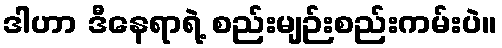
ဒါဟာ ဒီနေရာရဲ့ စည်းမျဉ်းစည်းကမ်းပဲ။